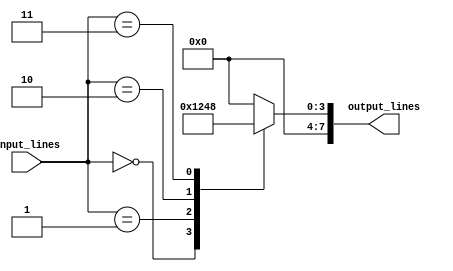
module Decoder(
    input [N-1:0] input_lines,
    output [2**N-1:0] output_lines
);

// Define encoding scheme
parameter N = 3;

// Define output signals based on input signals
always @(*)
begin
    case(input_lines)
        3'b000 : output_lines <= 4'b0001;
        3'b001 : output_lines <= 4'b0010;
        3'b010 : output_lines <= 4'b0100;
        3'b011 : output_lines <= 4'b1000;
        default: output_lines <= 4'b0000;
    endcase
end

endmodule